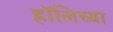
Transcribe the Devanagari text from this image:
हॉलिच्या